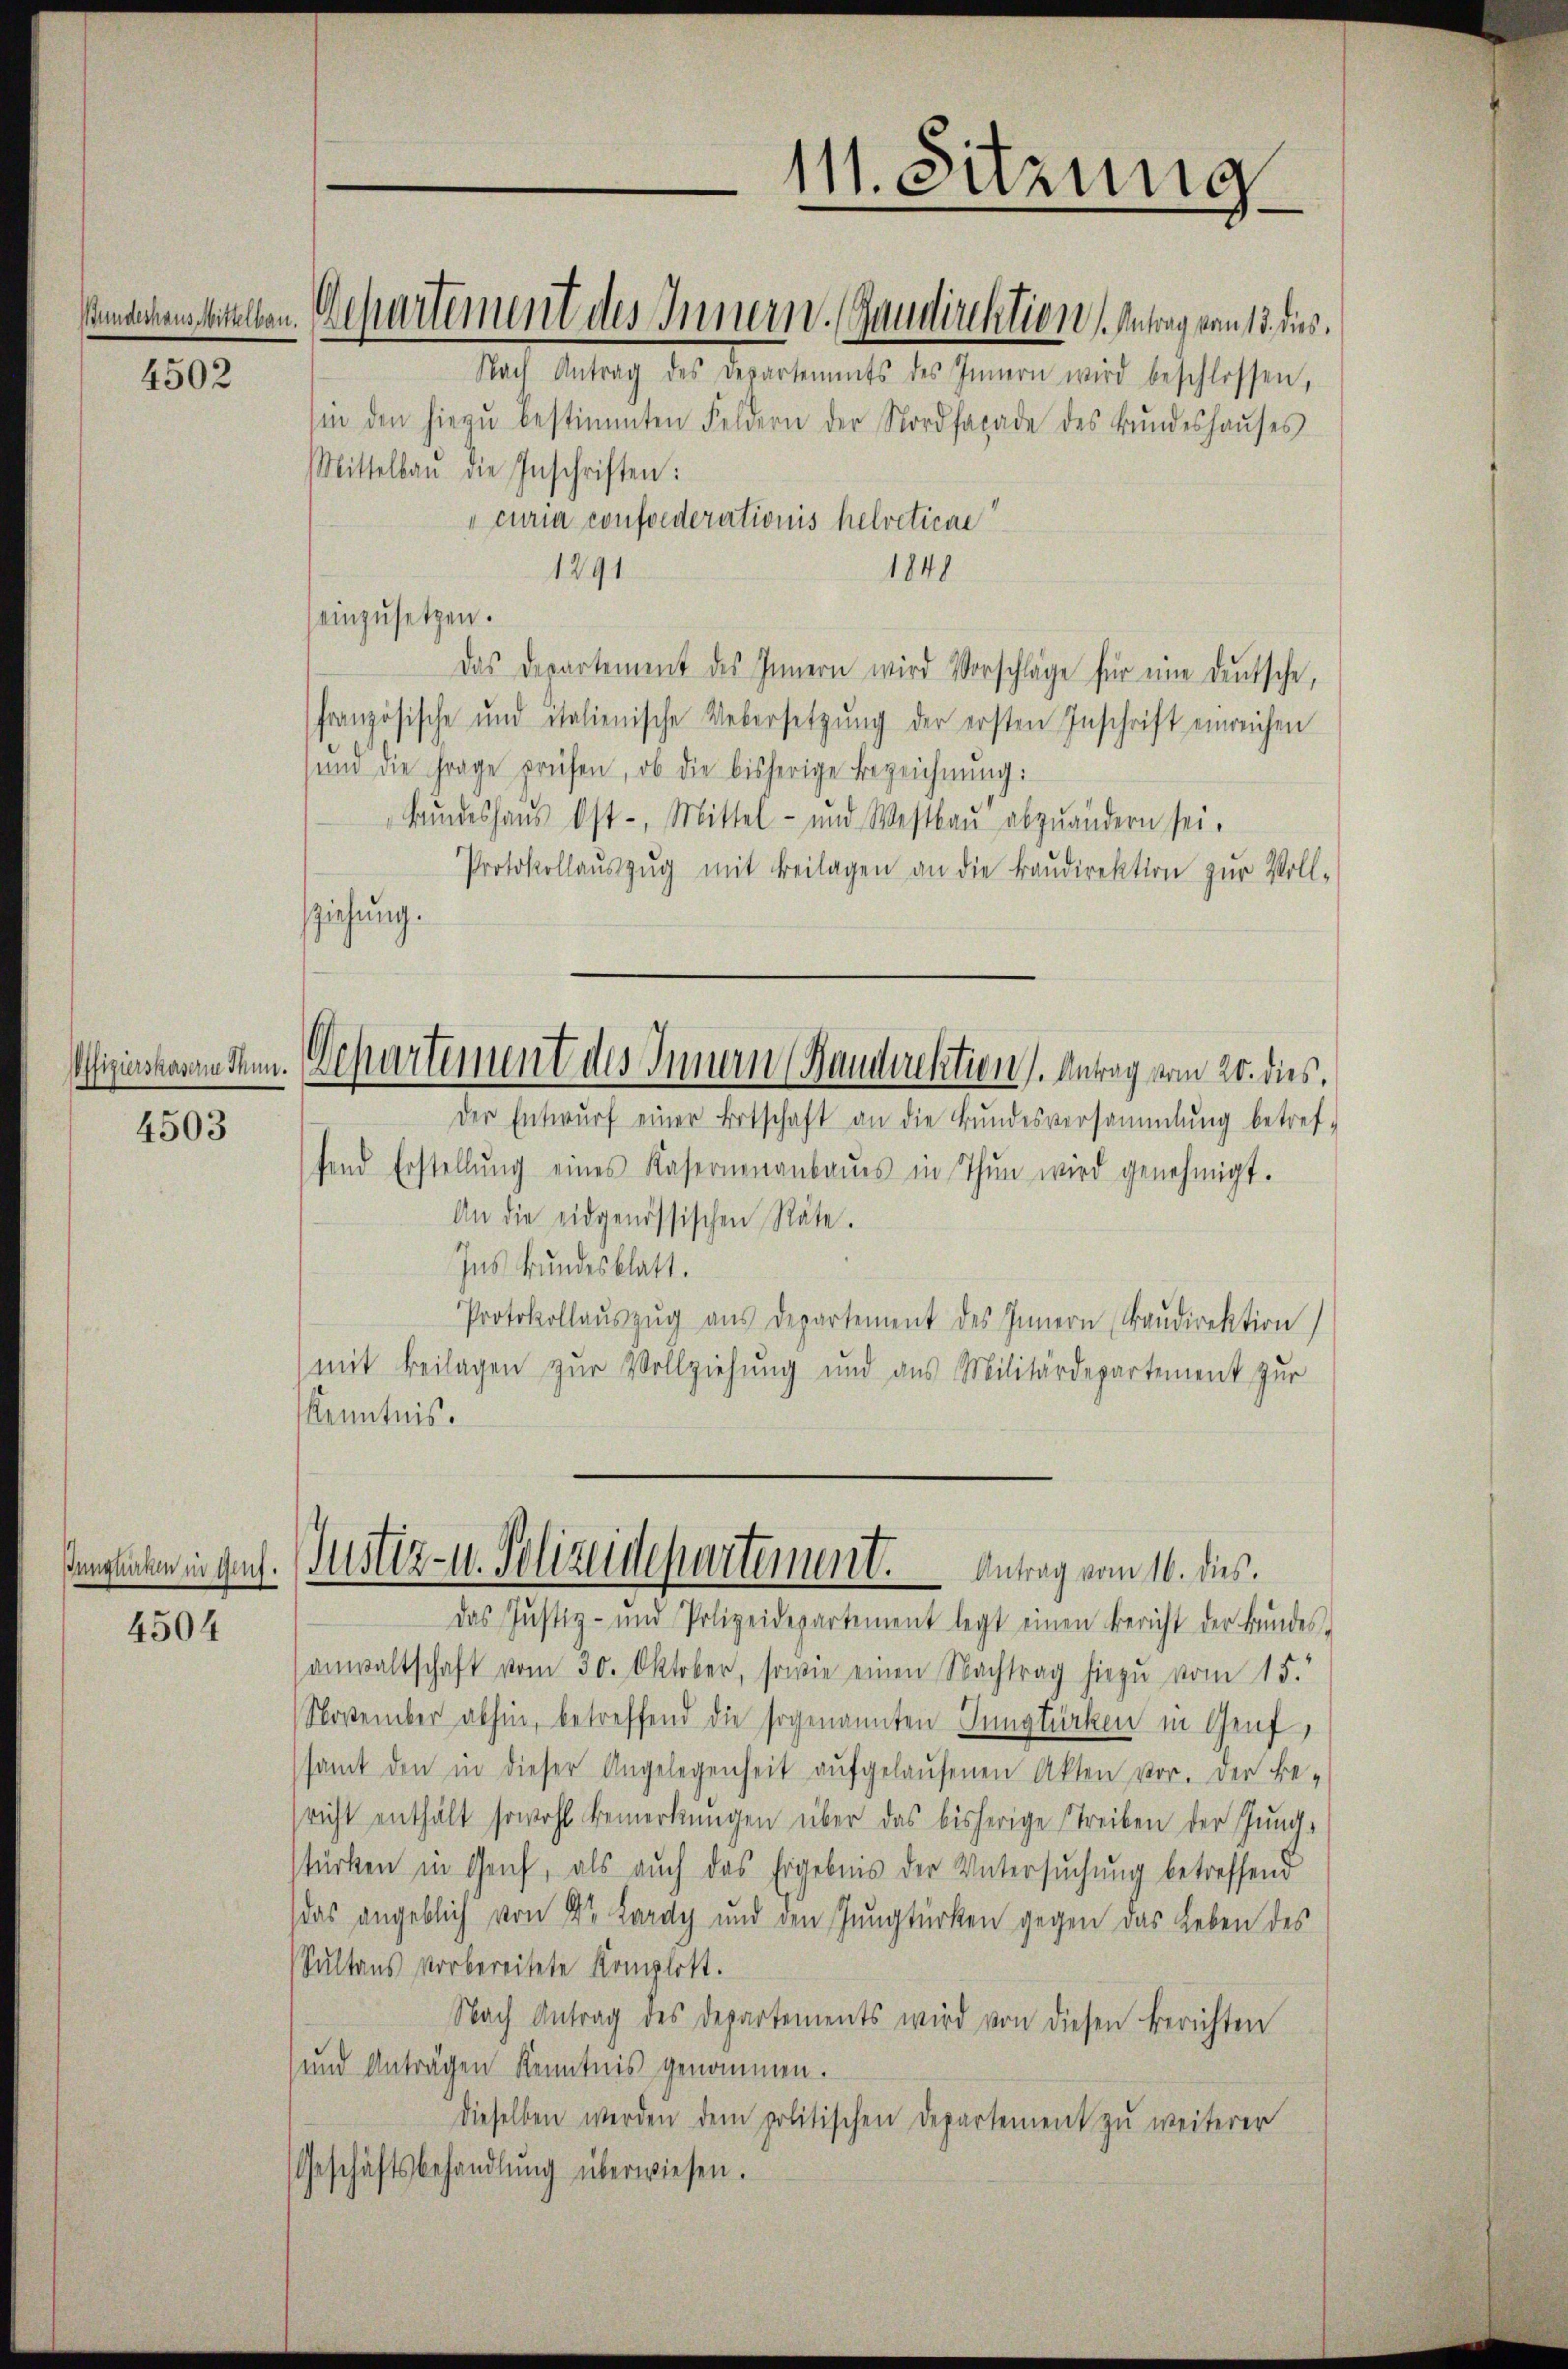
4502

Pffizierskasern Thun.

4503

4504

Nach Antrag des Departements des Innern wird beschlossen,
sin den hiezŭ bestimmten Feldern der Nordfacade des Bŭndeshaŭses
Mittelbau die Inschriften:
curia conforderationis helveticae
1840
1291
einzusetzen.
Das Departement des Innern wird Vorschläge für eine deutsche,
französische und italienische Uebersetzung der ersten Inschrift einreichen
und die Frage prüfen, ob die bisherige Bezeichnŭng:
Bŭndeshaŭs Ost-, Mittel- und Westbaŭ abzuändern sei.
Protokollaŭszŭg mit Beilagen an die Baŭdirektion zur Voll-
sziehung.
Der Entwŭrf einer Ertschaft an die Bŭndesversammlung betref-
fend Erstellŭng eines Kasernenanbaŭes in Thun wird genehmigt.
An die eidgenössischen Räte.
Ins Bundesblatt.
Protokollaŭszŭg aŭs departement des Innern Baŭdirektion)
(mit Beilagen zur Vollziehung und aus Militärdepartement zur
Kenntnis.
senglichen in darf. Justiz- u. Polizeidepartement. Antrag vom 16. dies
das Justiz- und Polizeidepartement legt einen Bericht der Bŭndes-
anwaltschaft vom 30. Oktober, sowie einen Nachtrag hiezu vom 15.
November abhin, betreffend die sogenannten Junglücken in Genf
samt den in dieser Angelegenheit aŭfgelaŭfenen Akten vor. Der Be-
richt enthält sowohl bemerkungen über das bisherige Streiben der Jungstürken in Genf, als auch das Ergebnis der Untersuchung betreffend
das angeblich von Dr. Lardy und den Jungtürken gegen das Leben des
Sultans vorbereitete Komplott.
Nach Antrag des Departements wird von diesen Berichten
und Anträgen Kenntnis genommen.
dieselben werden dem politischen Departement zu weiterer
Geschäftsbehandlŭng überwiesen.

mdchen Stellen. Departement des Innern. (Gaudirektion Antrag von 13. ds.

Dchartement des Innern (Haudirektion). Antrag vom 20. dies,

111. Sitzung